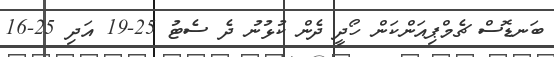
ބަނޑޮސް ޗެމްޕިއަންކަން ހޯދީ ދެން ކުޅުނު ދެ ސެޓު 25-19 އަދި 25-16